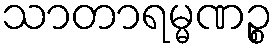
သာတာရမ္မဏဉ္စ